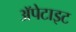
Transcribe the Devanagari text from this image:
अॅपेटाइट